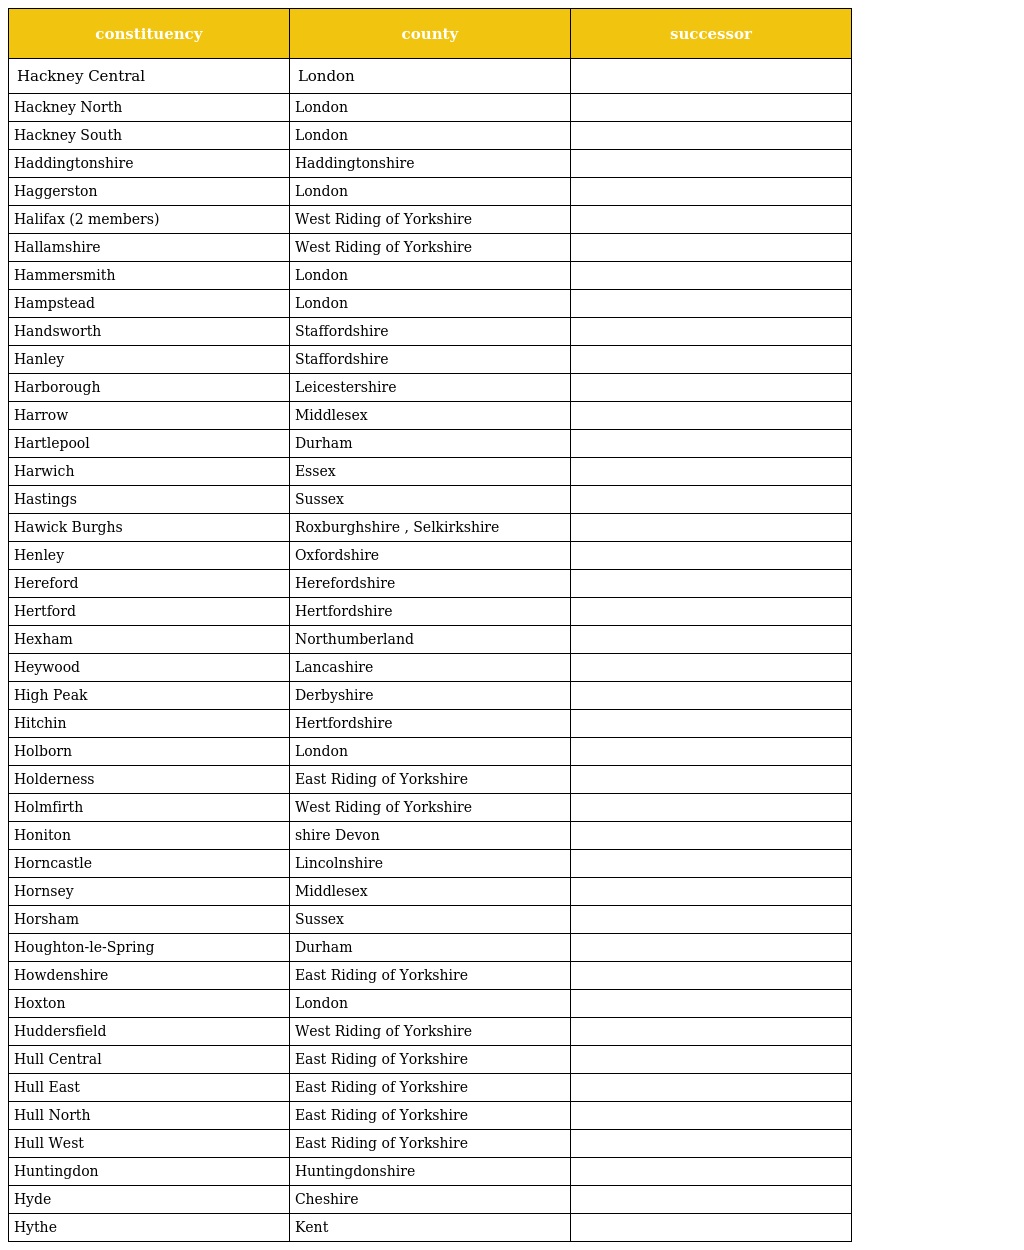
| constituency | county | successor |
 | --- | --- | --- |
 | Hackney Central | London |  |
 | Hackney North | London |  |
 | Hackney South | London |  |
 | Haddingtonshire | Haddingtonshire |  |
 | Haggerston | London |  |
 | Halifax (2 members) | West Riding of Yorkshire |  |
 | Hallamshire | West Riding of Yorkshire |  |
 | Hammersmith | London |  |
 | Hampstead | London |  |
 | Handsworth | Staffordshire |  |
 | Hanley | Staffordshire |  |
 | Harborough | Leicestershire |  |
 | Harrow | Middlesex |  |
 | Hartlepool | Durham |  |
 | Harwich | Essex |  |
 | Hastings | Sussex |  |
 | Hawick Burghs | Roxburghshire , Selkirkshire |  |
 | Henley | Oxfordshire |  |
 | Hereford | Herefordshire |  |
 | Hertford | Hertfordshire |  |
 | Hexham | Northumberland |  |
 | Heywood | Lancashire |  |
 | High Peak | Derbyshire |  |
 | Hitchin | Hertfordshire |  |
 | Holborn | London |  |
 | Holderness | East Riding of Yorkshire |  |
 | Holmfirth | West Riding of Yorkshire |  |
 | Honiton | shire Devon |  |
 | Horncastle | Lincolnshire |  |
 | Hornsey | Middlesex |  |
 | Horsham | Sussex |  |
 | Houghton-le-Spring | Durham |  |
 | Howdenshire | East Riding of Yorkshire |  |
 | Hoxton | London |  |
 | Huddersfield | West Riding of Yorkshire |  |
 | Hull Central | East Riding of Yorkshire |  |
 | Hull East | East Riding of Yorkshire |  |
 | Hull North | East Riding of Yorkshire |  |
 | Hull West | East Riding of Yorkshire |  |
 | Huntingdon | Huntingdonshire |  |
 | Hyde | Cheshire |  |
 | Hythe | Kent |  |